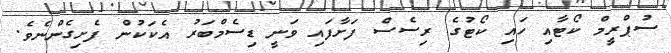
ސުޕްރީމް ކޯޓާއި ހައި ކޯޓުގެ ރިސެސް ފަށާފައި ވަނީ ޑިސެމްބަރު އެކަކުން ފެށިގެންނެވެ.